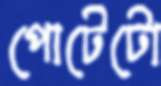
পোটেটো